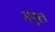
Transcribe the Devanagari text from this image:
मेहुल